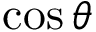
\cos \theta